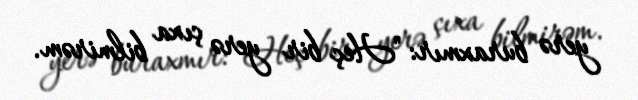
yerə buraxmır: "Heç bir yerə çıxa bilmirəm.